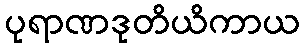
ပုရာဏဒုတိယိကာယ